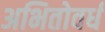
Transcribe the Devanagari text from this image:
अभितोवर्ध